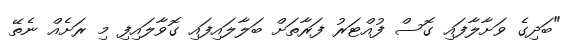
"ބަދިގެ ވަށާލާފައި ގޮސް ފުއްޓަރު ފަރާތަށް ބަލާލައިފައި ގޮވާލައިފި މި ރަށެއް ނެތޭ